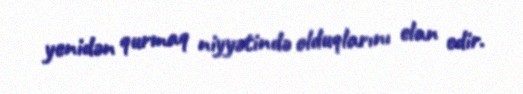
yenidən qurmaq niyyətində olduqlarını elan edir.